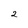
Character: 2